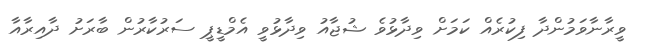
ވީރާނާވަމުންދާ ފިކުރެއް ކަމަށް ވިދާޅުވެ ޝުޖާއު ވިދާޅުވީ އެމްޑީޕީ ސަރުކާރުން ބާރަށު ދާއިރާއާ